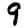
Digit: 9